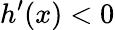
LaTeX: h^{\prime}(x)<0